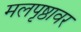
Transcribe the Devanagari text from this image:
मलपृष्ठावर